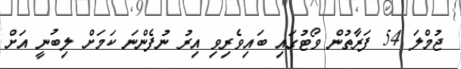
ޖުމްލަ 54 ފަރާތުން ވޯޓުގައި ބައިވެރިވި އިރު ނުފެންނަ ކަމަށް ލިބުނީ އަށް